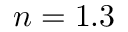
n = 1 . 3